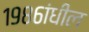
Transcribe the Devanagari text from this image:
१९८६ांधील